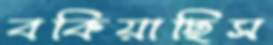
বকিয়াছিস